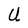
Character: U